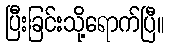
ပြီးခြင်းသို့ရောက်ပြီ။